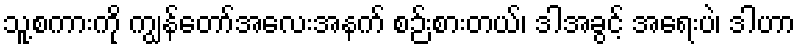
သူ့စကားကို ကျွန်တော်အလေးအနက် စဉ်းစားတယ်၊ ဒါအခွင့် အရေးပဲ၊ ဒါဟာ